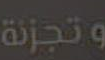
وتجزئة